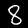
Label: 8